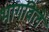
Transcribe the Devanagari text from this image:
भागविले